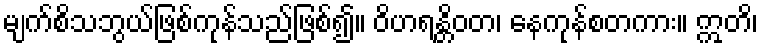
မျက်စိသဘွယ်ဖြစ်ကုန်သည်ဖြစ်၍။ ဝိဟရန္တိဝတ၊ နေကုန်စတကား။ ဣတိ၊